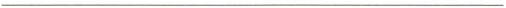
___